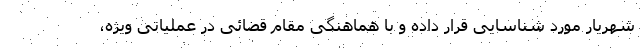
شهریار مورد شناسایی قرار داده و با هماهنگی مقام قضائی در عملیاتی ویژه،